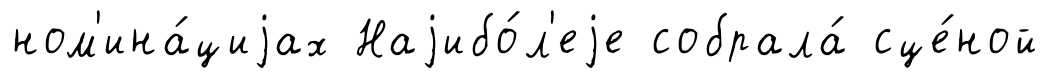
ном'ина́циjах Наjибо́л'еjе собрала́ сце́ной